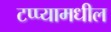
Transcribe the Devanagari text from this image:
टप्प्यामधील